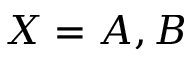
X = A , B